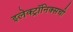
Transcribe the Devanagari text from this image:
इलेक्ट्रॉनिक्सची